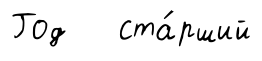
Год ста́рший